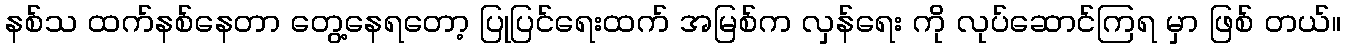
နစ်သ ထက်နစ်နေတာ တွေ့နေရတော့ ပြုပြင်ရေးထက် အမြစ်က လှန်ရေး ကို လုပ်ဆောင်ကြရ မှာ ဖြစ် တယ်။